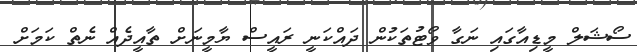
ސޯޝަލް މީޑިއާގައި ނަގާ ވޯޓުތަކުން ދައްކަނީ ރައީސް ޔާމީނަށް ތާއީދެއް ނެތް ކަމަށް